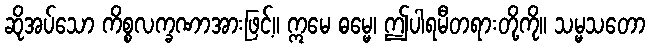
ဆိုအပ်သော ကိစ္စလက္ခဏာအားဖြင့်။ ဣမေ ဓမ္မေ၊ ဤပါရမီတရားတို့ကို။ သမ္မသတော